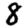
Digit: 8